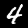
Digit: 4